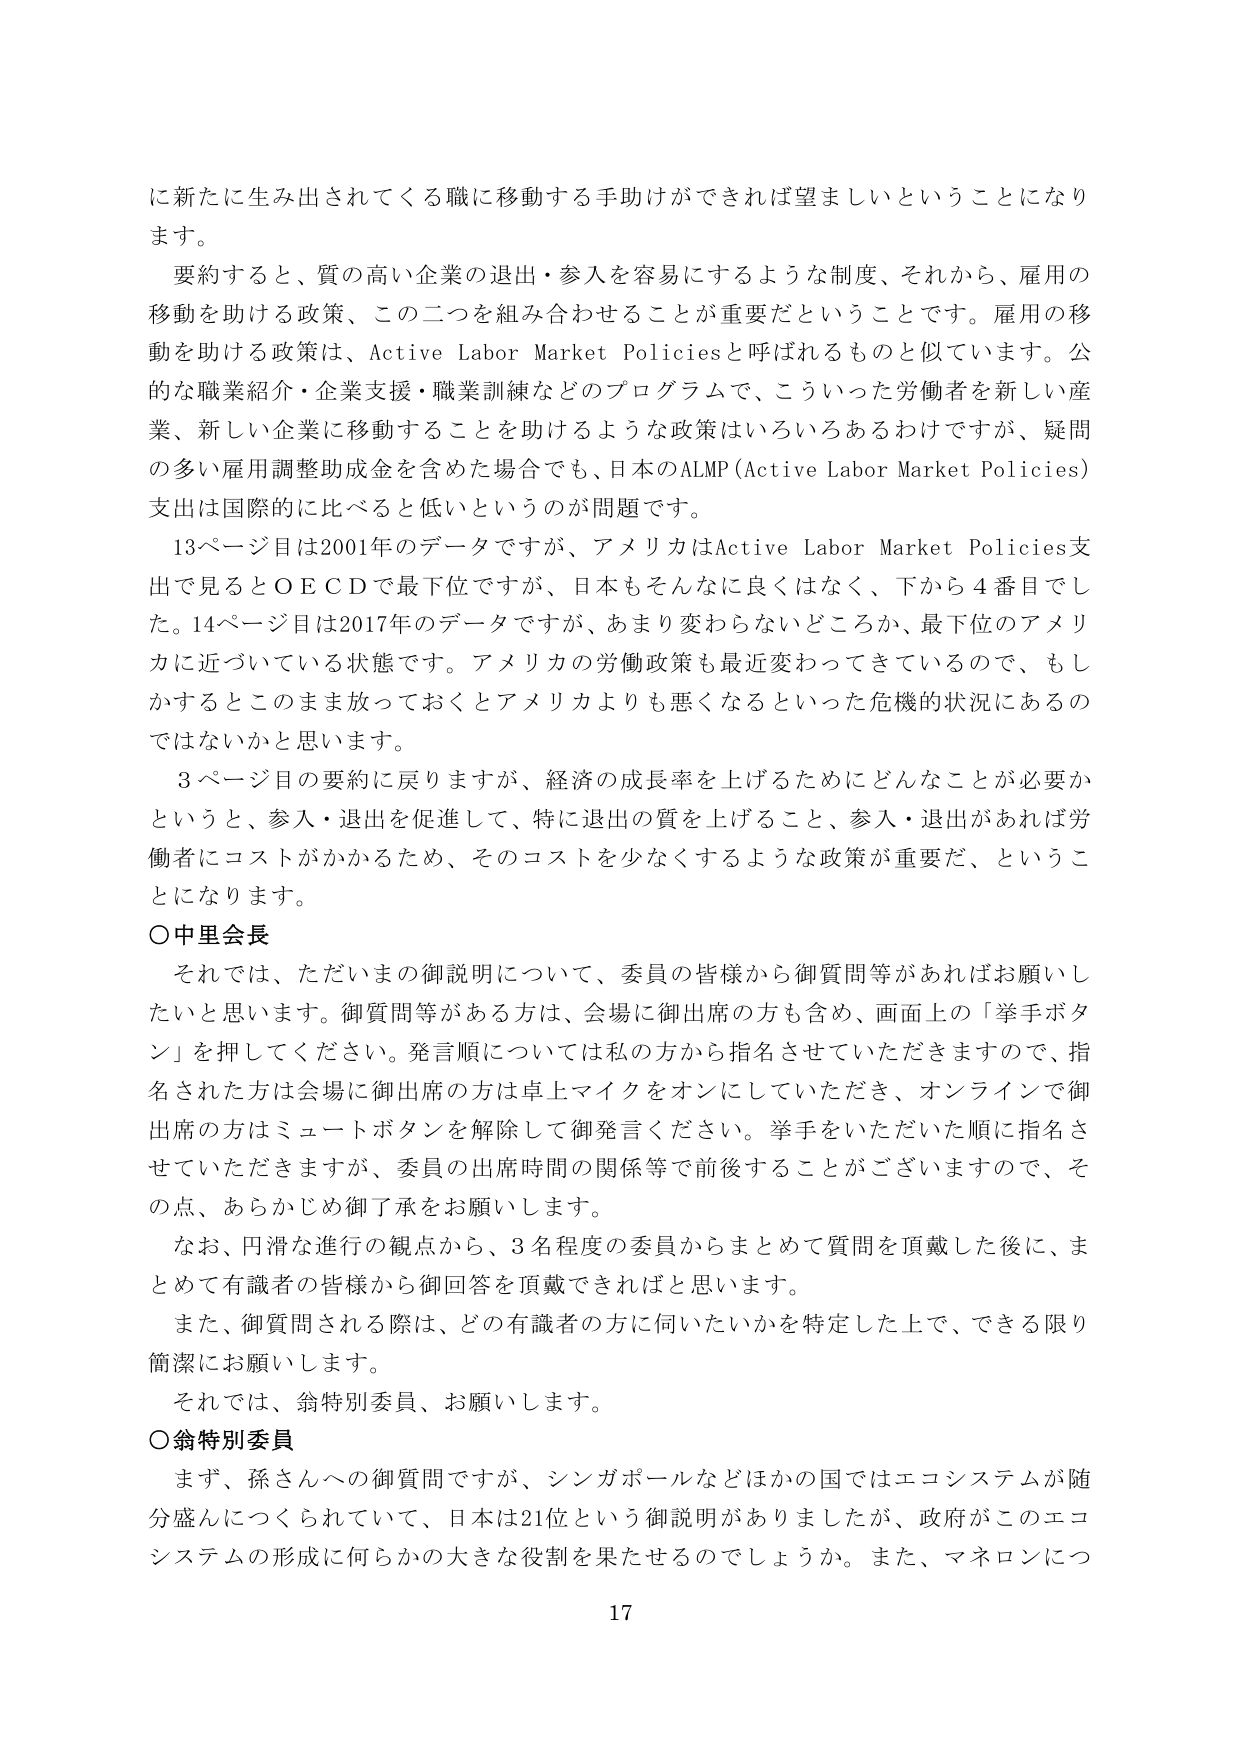
に新たに生み出されてくる職に移動する手助けができれば望ましいということになります。

要約すると、質の高い企業の退出・参入を容易にするような制度、それから、雇用の移動を助ける政策、この二つを組み合わせることが重要だということです。雇用の移動を助ける政策は、Active Labor Market Policiesと呼ばれるものと似ています。公的な職業紹介・企業支援・職業訓練などのプログラムで、こういった労働者を新しい産業、新しい企業に移動することを助けるような政策はいろいろあるわけですが、疑問の多い雇用調整助成金を含めた場合でも、日本のALMP (Active Labor Market Policies) 支出は国際的に比べると低いというのが問題です。

13ページ目は2001年のデータですが、アメリカはActive Labor Market Policies支出で見るとOECDで最下位ですが、日本もそんなに良くはなく、下から4番目でした。14ページ目は2017年のデータですが、あまり変わらないどころか、最下位のアメリカに近づいている状態です。アメリカの労働政策も最近変わってきているので、もしかするとこのまま放っておくとアメリカよりも悪くなるといった危機的状況にあるのではないかと思います。

3ページ目の要約に戻りますが、経済の成長率を上げるためにどんなことが必要かというと、参入・退出を促進して、特に退出の質を上げること、参入・退出があれば労働者にコストがかかるため、そのコストを少なくするような政策が重要だ、ということになります。

○中里会長

それでは、ただいまの御説明について、委員の皆様から御質問等があればお願いしたいと思います。御質問等がある方は、会場に御出席の方も含め、画面上の「挙手ボタン」を押してください。発言順については私の方から指名させていただきますので、指名された方は会場に御出席の方は卓上マイクをオンにしていただき、オンラインで御出席の方はミュートボタンを解除して御発言ください。挙手をいただいた順に指名させていただきますが、委員の出席時間の関係等で前後することがございますので、その点、あらかじめ御了承をお願いします。

なお、円滑な進行の観点から、3名程度の委員からまとめて質問を頂戴した後に、まとめて有識者の皆様から御回答を頂戴できればと思います。

また、御質問される際は、どの有識者の方に伺いたいかを特定した上で、できる限り簡潔にお願いします。

それでは、翁特別委員、お願いします。

○翁特別委員

まず、孫さんへの御質問ですが、シンガポールなどほかの国ではエコシステムが随分盛んにつくられていて、日本は21位という御説明がありましたが、政府がこのエコシステムの形成に何らかの大きな役割を果たせるのでしょうか。また、マネロンにつ

17